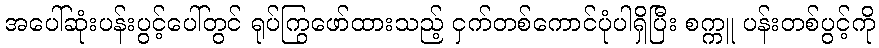
အပေါ်ဆုံးပန်းပွင့်ပေါ်တွင် ရုပ်ကြွဖော်ထားသည့် ငှက်တစ်ကောင်ပုံပါရှိပြီး စက္ကူ ပန်းတစ်ပွင့်ကို